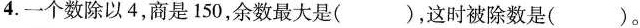
4.一个数除以4，商是150，余数最大是( )，这时被除数是( )。